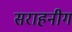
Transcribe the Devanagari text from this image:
सराहनीग